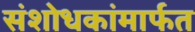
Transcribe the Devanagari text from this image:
संशोधकांमार्फत